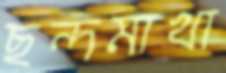
ছন্দমাখা